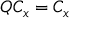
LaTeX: Q C _ { x } = C _ { x }